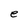
Character: e